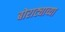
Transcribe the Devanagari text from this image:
बोराट्याच्या